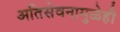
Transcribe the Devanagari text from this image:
अतिसेवनामुळेही